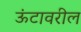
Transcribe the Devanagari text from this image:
ऊंटावरील